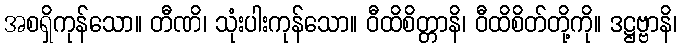
အစရှိကုန်သော။ တီဏိ၊ သုံးပါးကုန်သော။ ဝီထိစိတ္တာနိ၊ ဝီထိစိတ်တို့ကို။ ဒဋ္ဌဗ္ဗာနိ၊